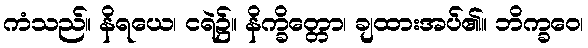
ကံသည်။ နိရယေ၊ ငရဲ၌။ နိက္ခိတ္တော၊ ချထားအပ်၏။ ဘိက္ခဝေ၊